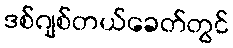
ဒစ်ဂျစ်တယ်ခေတ်တွင်